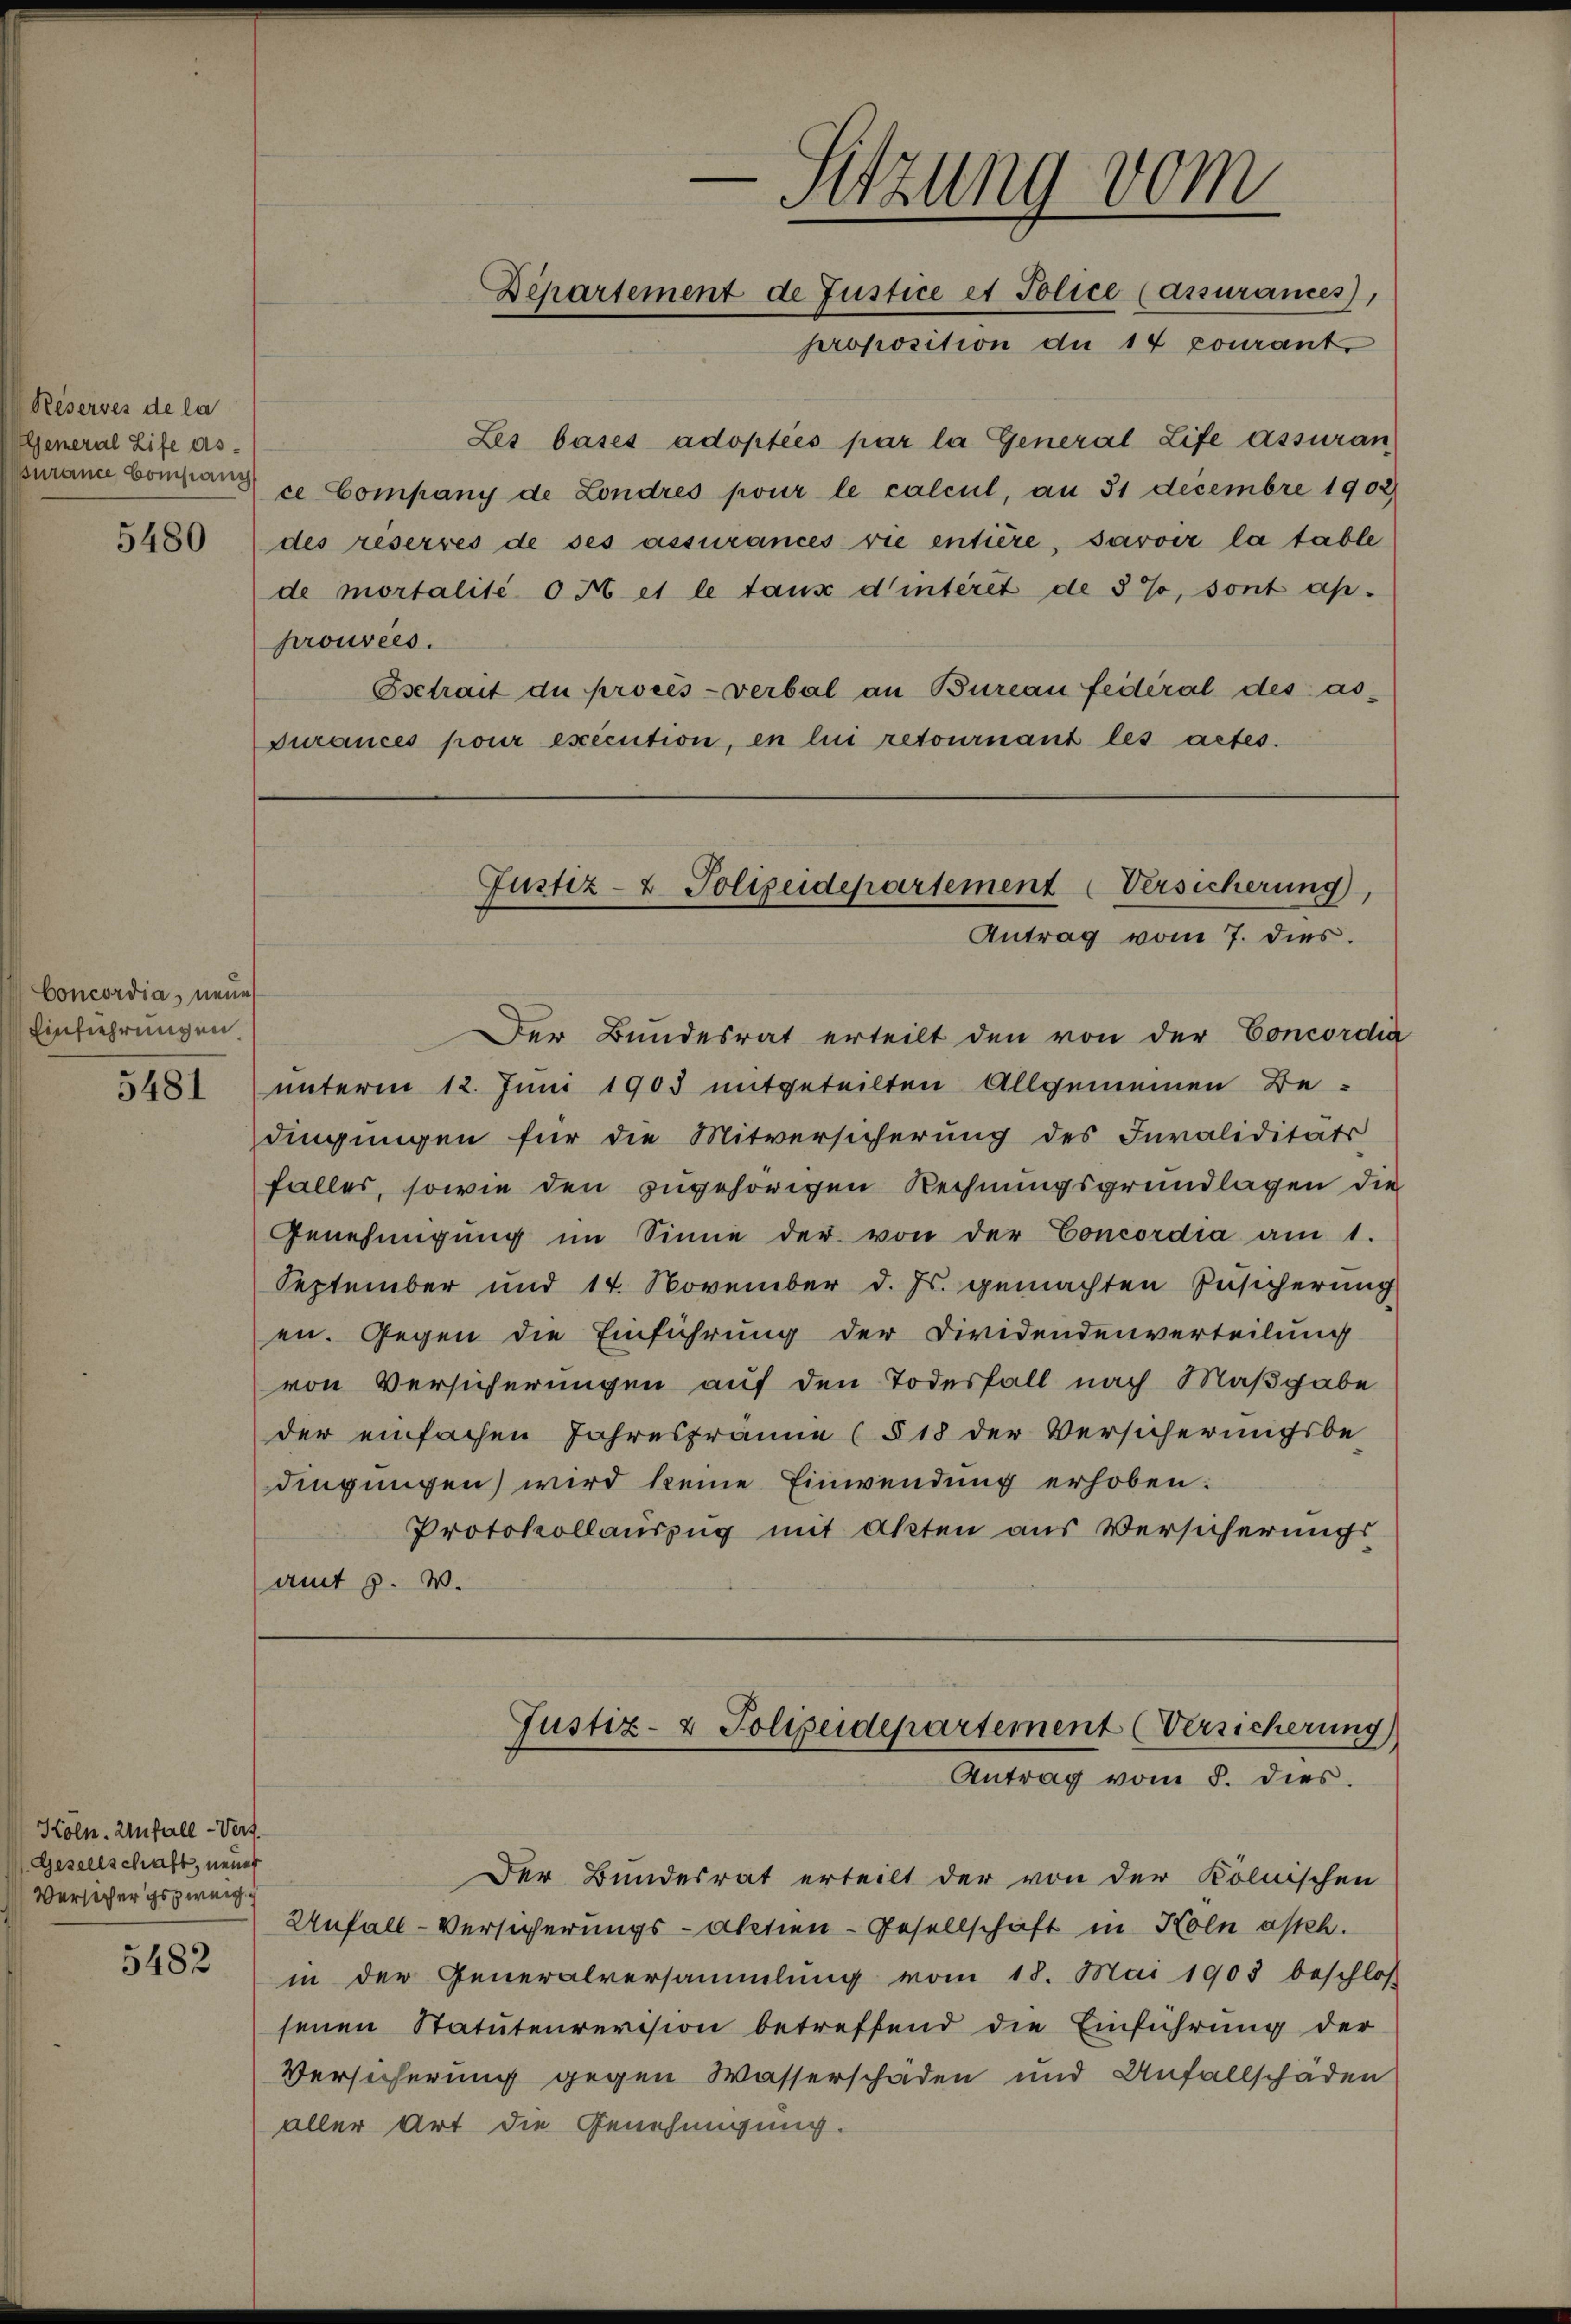
Reserves de la
General Life as-
urance Company

5480

Concordia, neue
Einfiehrungen

5481

Köln. Unfall-Verf.
Gesellschaft, neuer
Versicher gezweig

5482

Sitzung vom
Departement de Justice et Police Cassurances
proposition du 14 pourant

Les bases adoptées par la General Life assuran
ce Company de Londres pour le calcul, an 31 decembre 1902
des reservés de ses assurances vie entière, savoir la table
de mortalité o A et le taux d’interet de 5%, sont ap.
prouvées.
setrait de procès-verbal an Bureau fédéral des as-
Turances pour exécution, en lui retournant les actes.

Der Bundesrat erteilt den von der Concordia
unterm 12. Juni 1903 mitgeteilten Allgemeinen Bedingungen für die Mitversicherung des Invaliditäts
falles, sowie den zugehörigen Rechnungsgrundlagen die
Genehmigŭng im Sinne der von der Concordia am 1.
September und 14. November d. Js. gemachten Zusicherung
en. Gegen die Einführung der Dividendenverteilung
von Versicherungen auf den Todesfall nach Maßgabe
der einfachen Jahresfranne (§ 18 der Versicherungsbe-
dingungen wird keine Einwendung erhoben.
Protokollauszug mit Akten aus Versicherungs
amt 3. W.

Justiz- & Polizeidepartement Versicherung,
Antrag vom 7. dies.

Justiz- & Polizeidepartement (Versicherung
Antrag vom 8. dies

Der Bundesrat erteilt der von der Kölnischen
Unfall-Versicherungs-Aktien-Gesellschaft in Holn asch.
in der Generalversammlung vom 18. Mai 1903 beschlos
senen Statutenrevision betreffend die Einführung der
Versicherung gegen Wasserschäden und Unfallschäden
aller Art die Genehmigung.